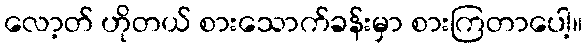
လော့တ် ဟိုတယ် စားသောက်ခန်းမှာ စားကြတာပေါ့။